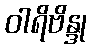
ဝါရိဗိန္ဒု